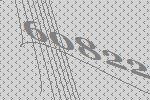
60822